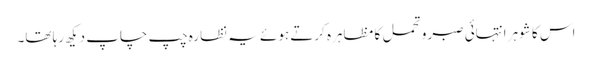
اس کا شوہر انتہائی صبر و تحمل کا مظاہرہ کرتے ہوئے یہ نظارہ چپ چاپ دیکھ رہا تھا۔